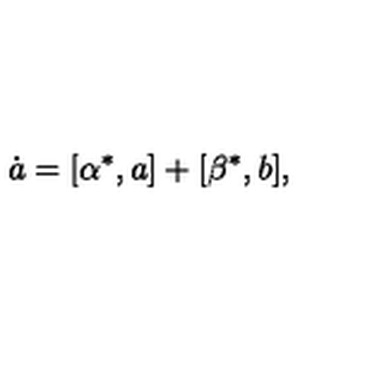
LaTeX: \dot { a } = [ \alpha ^ { \ast } , a ] + [ \beta ^ { \ast } , b ] ,